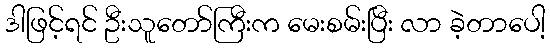
ဒါဖြင့်ရင် ဦးသူတော်ကြီးက မေးစမ်းပြီး လာ ခဲ့တာပေါ့